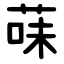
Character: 菋